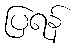
ပြရန်